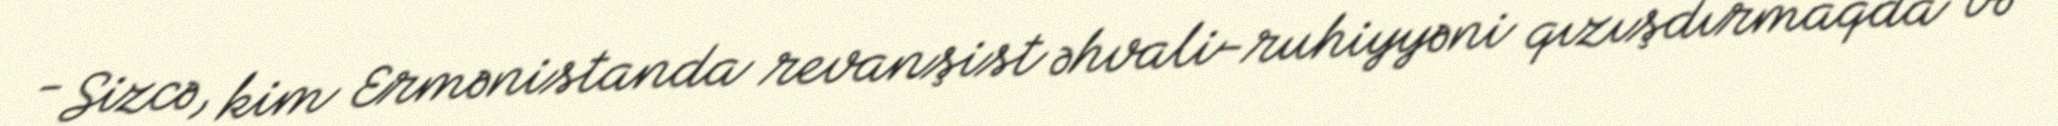
- Sizcə, kim Ermənistanda revanşist əhvali-ruhiyyəni qızışdırmaqda və